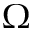
\Omega